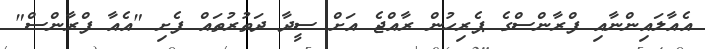
އެއާލައިންނާއި ފްރާންސްގެ ޕެެރިހުން ރާއްޖެ އަށް ސީދާ ދަތުރުތައް ފެށި "އެއާ ފްރާންސް"